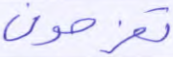
تفرحون